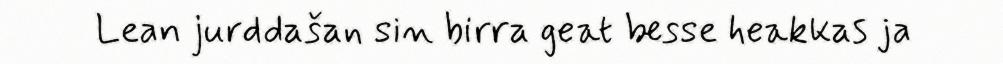
Lean jurddašan sin birra geat besse heakkas ja